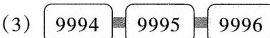
(3) 9994 9995 9996